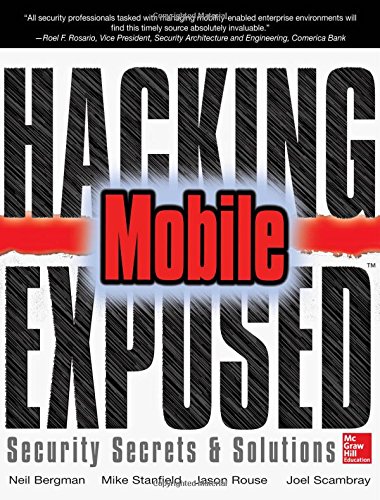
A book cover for Hacking Exposed Mobile: Security Secrets & Solutions; Neil Bergman; Computers & Technology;